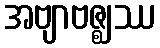
အဗျာဗဇ္ဈဿ